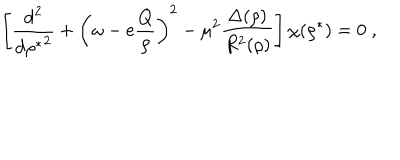
\left[ \frac { \mathrm { d } ^ { 2 } } { { \mathrm { d } { \rho } ^ { * } } ^ { 2 } } + \left( \omega - e \frac { Q } { \rho } \right) ^ { 2 } - \mu ^ { 2 } \frac { \Delta ( \rho ) } { R ^ { 2 } ( \rho ) } \right] \chi ( { \rho } ^ { * } ) = 0 \; ,